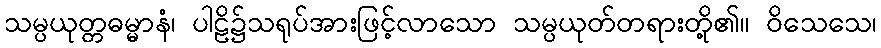
သမ္ပယုတ္တဓမ္မာနံ၊ ပါဠိ၌သရုပ်အားဖြင့်လာသော သမ္ပယုတ်တရားတို့၏။ ဝိသေသေ၊